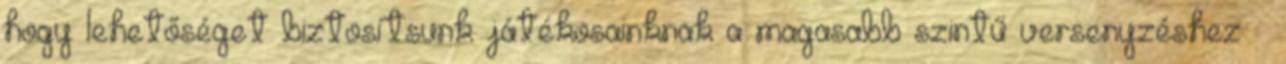
hogy lehetőséget biztosítsunk játékosainknak a magasabb szintű versenyzéshez –